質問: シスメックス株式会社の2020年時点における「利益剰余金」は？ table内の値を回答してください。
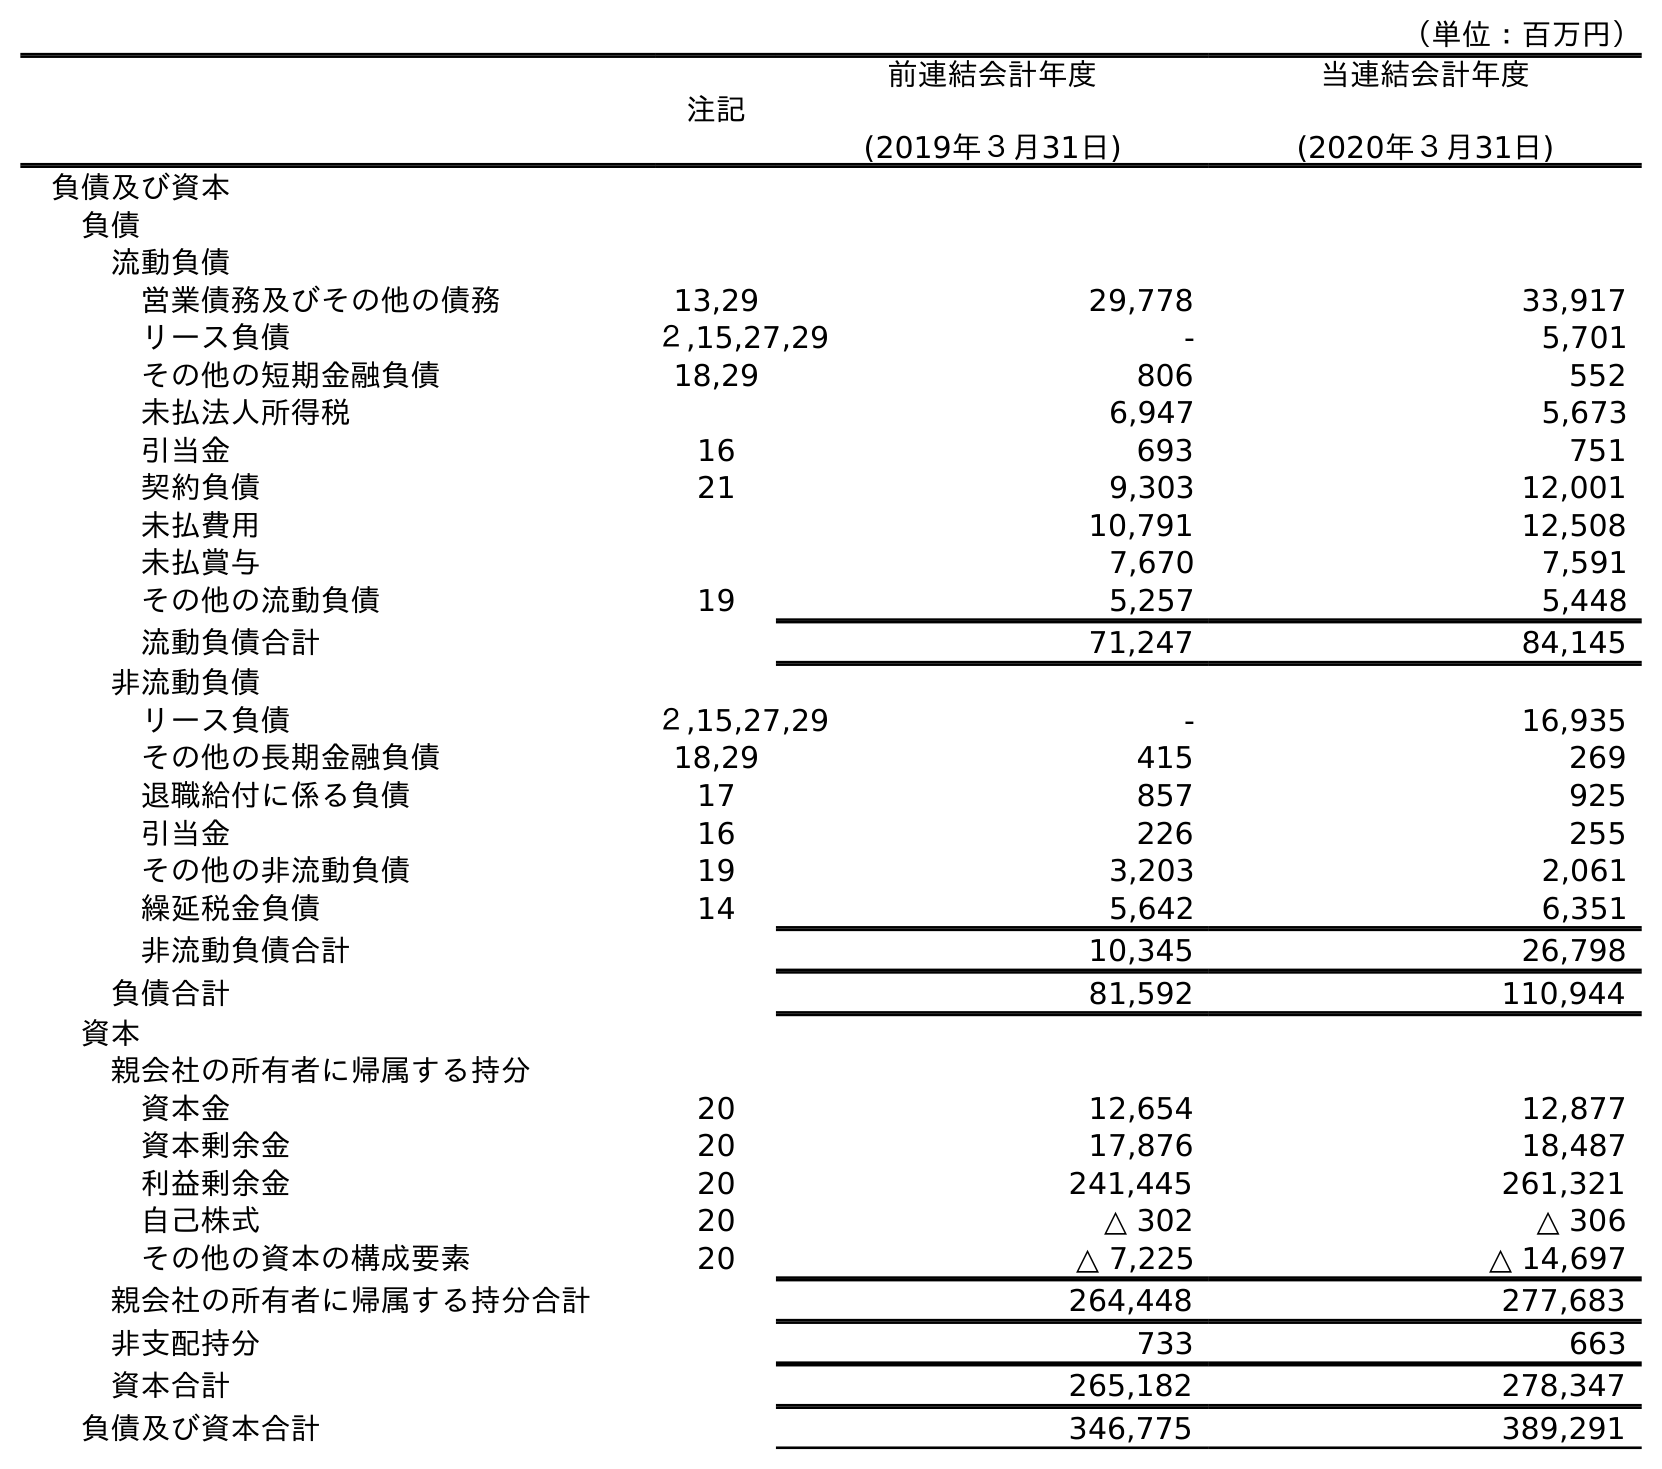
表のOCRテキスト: （単位：百万円） 注記 前連結会計年度 (2019年３月31日) 当連結会計年度 (2020年３月31日) 負債及び資本 負債 流動負債 営業債務及びその他の債務 13,29 29,778 33,917 リース負債 ２,15,27,29 - 5,701 その他の短期金融負債 18,29 806 552 未払法人所得税 6,947 5,673 引当金 16 693 751 契約負債 21 9,303 12,001 未払費用 10,791 12,508 未払賞与 7,670 7,591 その他の流動負債 19 5,257 5,448 流動負債合計 71,247 84,145 非流動負債 リース負債 ２,15,27,29 - 16,935 その他の長期金融負債 18,29 415 269 退職給付に係る負債 17 857 925 引当金 16 226 255 その他の非流動負債 19 3,203 2,061 繰延税金負債 14 5,642 6,351 非流動負債合計 10,345 26,798 負債合計 81,592 110,944 資本 親会社の所有者に帰属する持分 資本金 20 12,654 12,877 資本剰余金 20 17,876 18,487 利益剰余金 20 241,445 261,321 自己株式 20 △ 302 △ 306 その他の資本の構成要素 20 △ 7,225 △ 14,697 親会社の所有者に帰属する持分合計 264,448 277,683 非支配持分 733 663 資本合計 265,182 278,347 負債及び資本合計 346,775 389,291
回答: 261,321